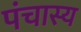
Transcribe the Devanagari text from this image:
पंचास्य